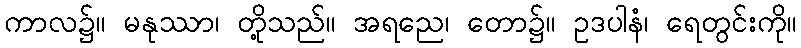
ကာလ၌။ မနုဿာ၊ တို့သည်။ အရညေ၊ တော၌။ ဥဒပါနံ၊ ရေတွင်းကို။